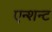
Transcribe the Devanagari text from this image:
एन्शन्ट